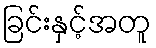
ခြင်းနှင့်အတူ